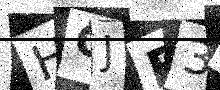
Text: HGJE3X